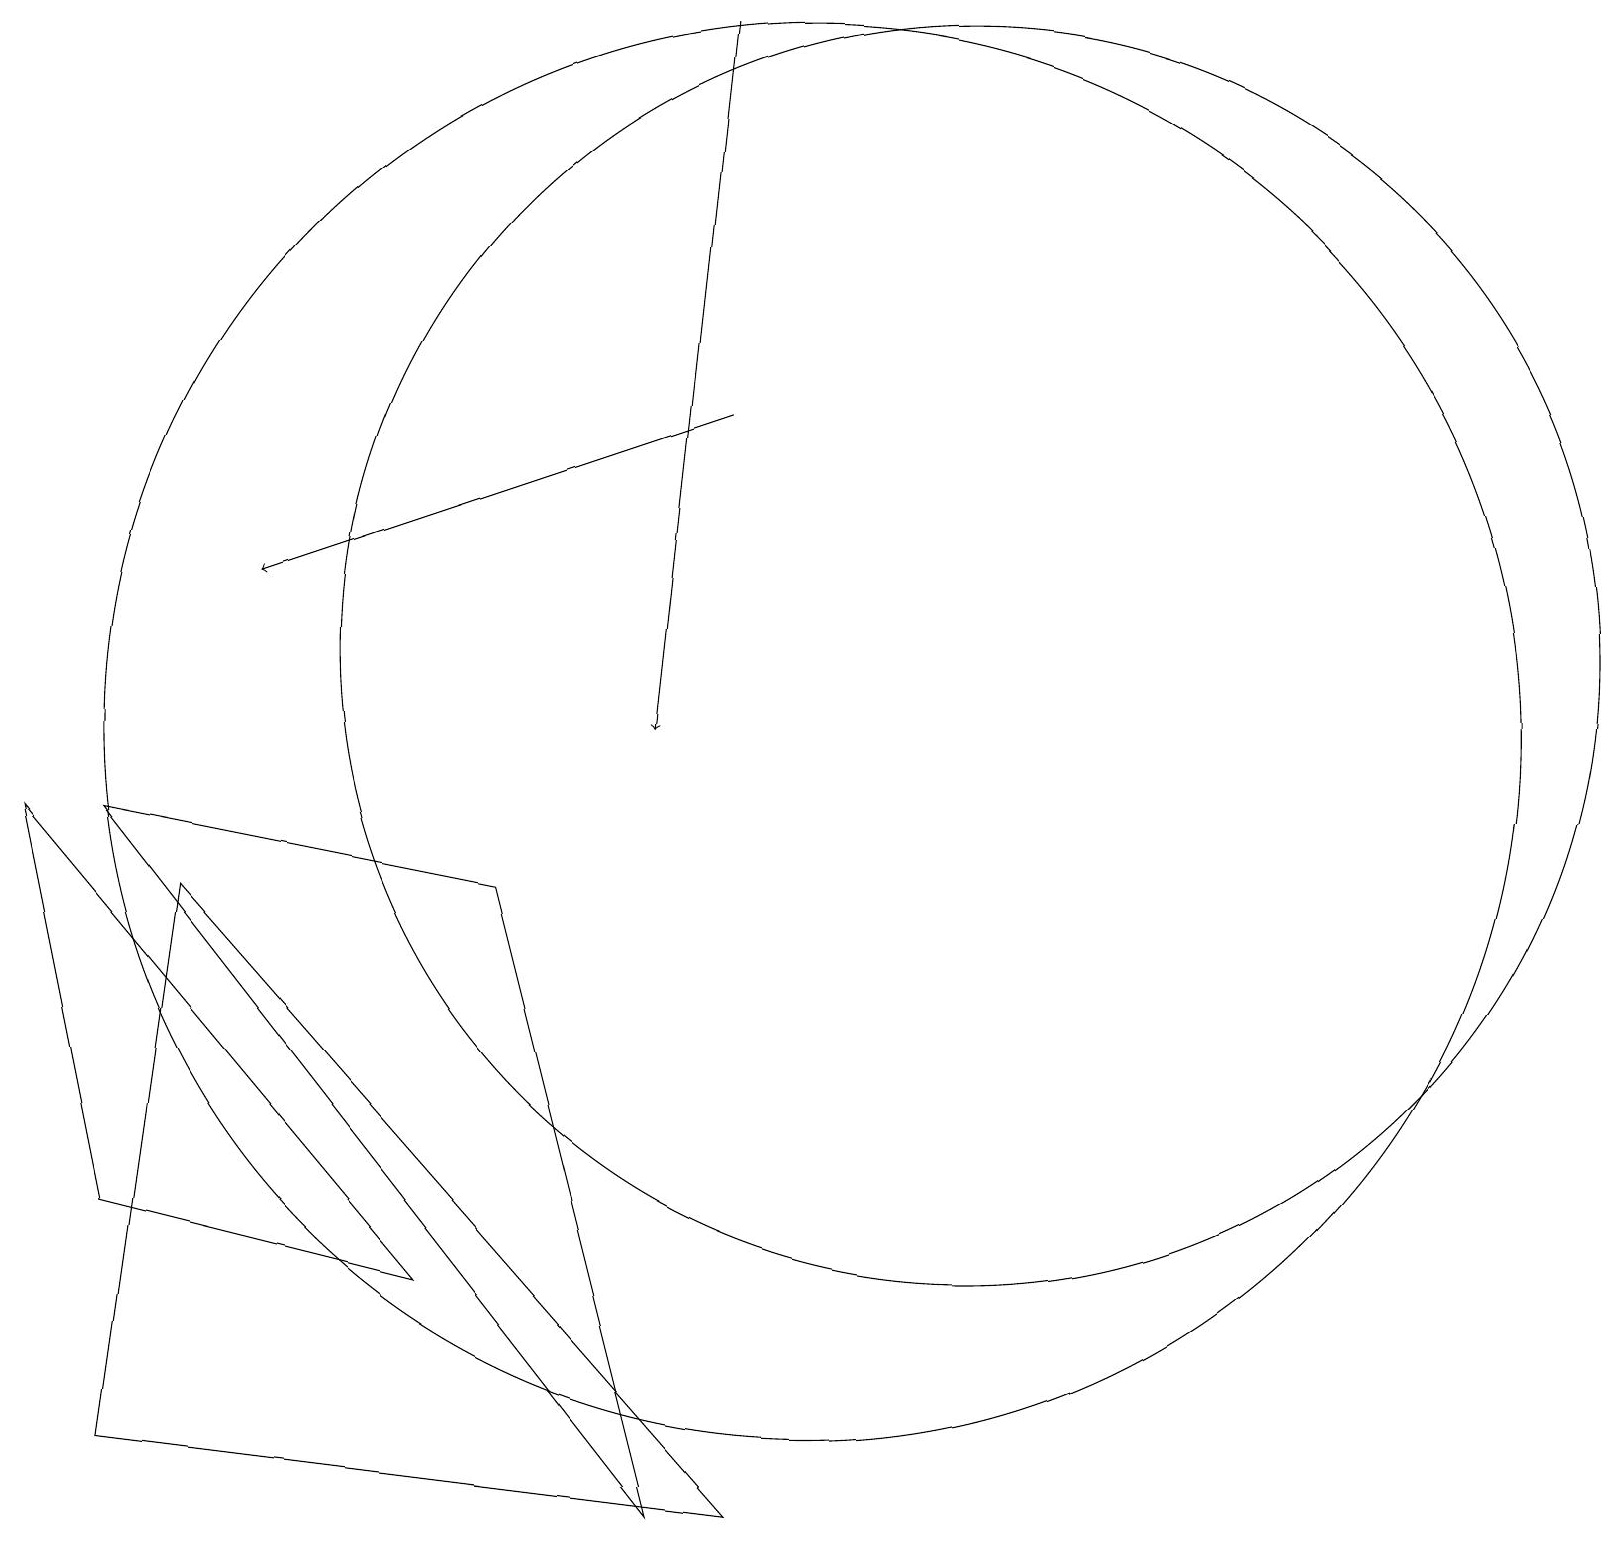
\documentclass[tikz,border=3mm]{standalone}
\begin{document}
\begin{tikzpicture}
\draw[->] (9,19) -- (8,10);
\draw (12,11) circle (8);
\draw (1,9) -- (6,8) -- (8,0) -- cycle;
\draw (10,10) circle (9);
\draw[->] (9,14) -- (3,12);
\draw (2,8) -- (1,1) -- (9,0) -- cycle;
\draw (5,3) -- (0,9) -- (1,4) -- cycle;
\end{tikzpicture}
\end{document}